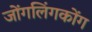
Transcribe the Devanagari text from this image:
जोंगलिंगकोंग